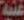
غنية